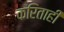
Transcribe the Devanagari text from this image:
करिताही